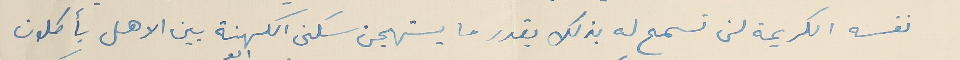
نفسه الكريمة لن تسمح له بذلك بقدر ما يستهجن سكنى الكهنة بين الاهل يأكلون